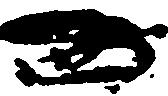
西